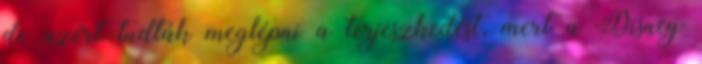
de azért tudták meglépni a terjeszkedést, mert a Disney